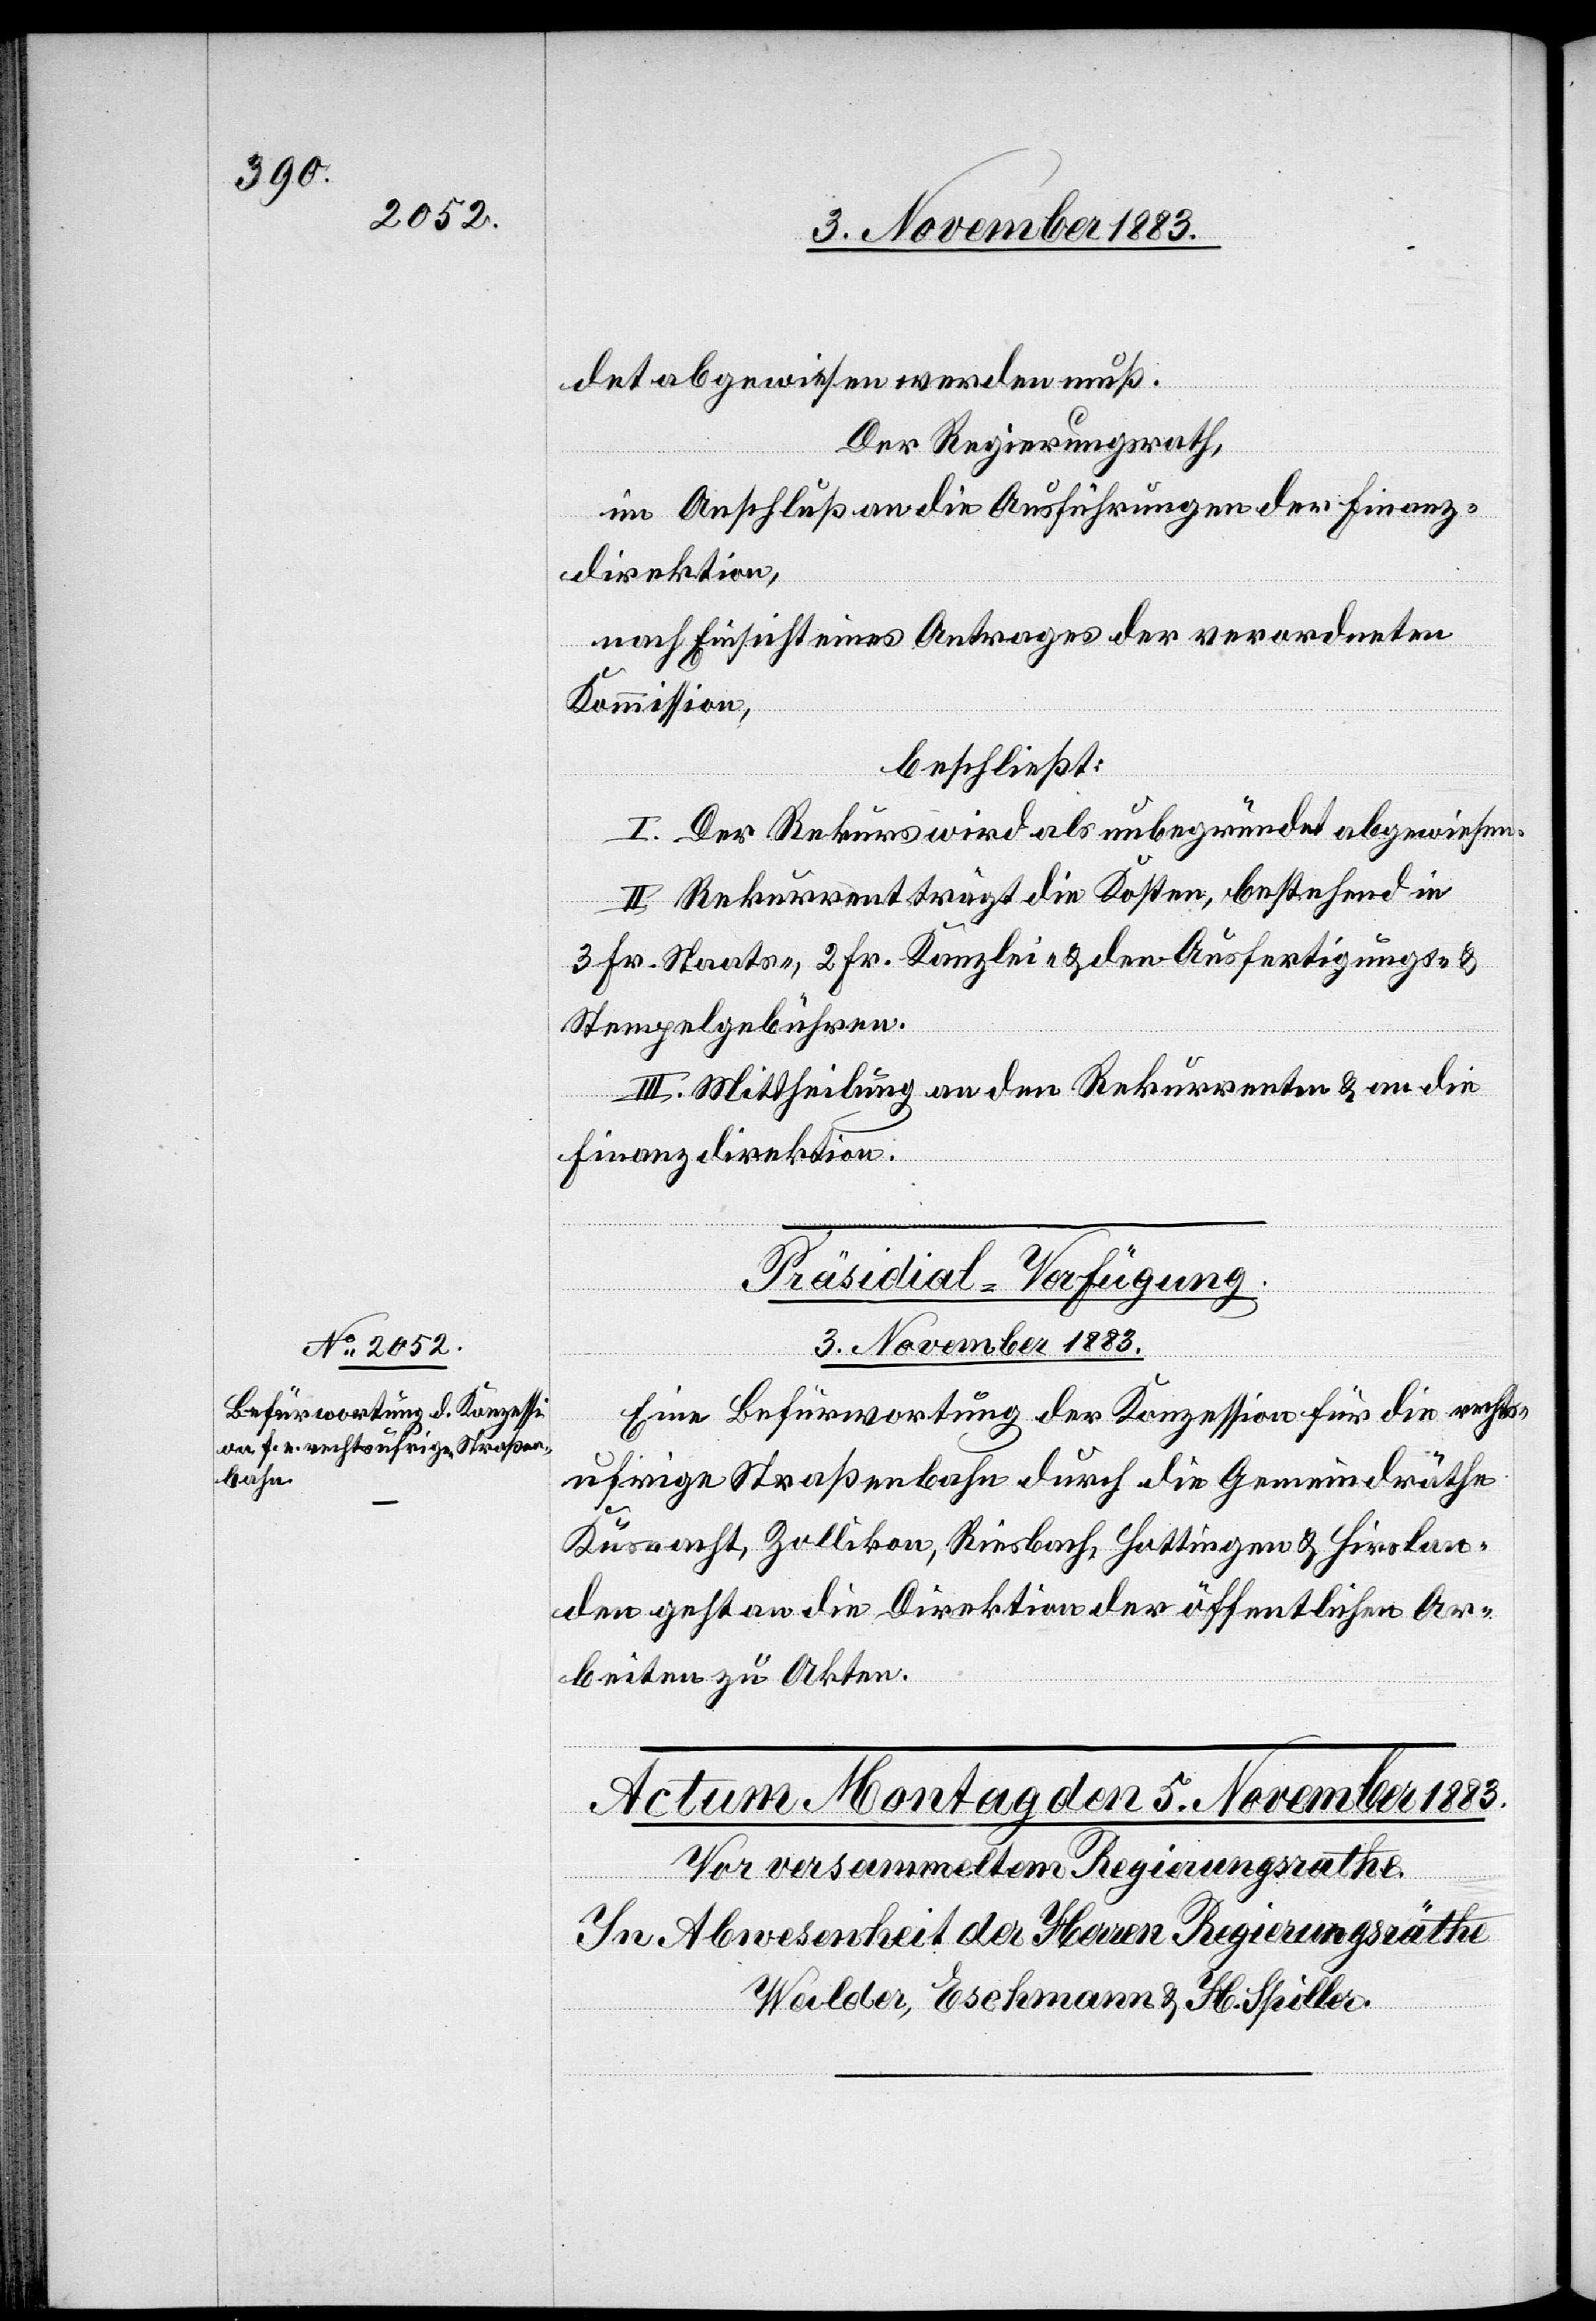
det abgewiesen werden muß.
Der Regierungsrath,
im Anschluß an die Ausführungen der Finanz¬
direktion,
nach Einsicht eines Antrages der verordneten
Kommission,
beschließt:
I. Der Rekurs wird als unbegründet abgewiesen.
II. Rekurrent trägt die Kosten, bestehend in
3 Fr. Staats-, 2 Fr. Kanzlei- & den Ausfertigungs- &
Stempelgebühren.
III. Mittheilung an den Rekurrenten & an die
Finanzdirektion.
Präsidial-Verfügung.
3. November 1883.
Eine Befürwortung der Konzession für die rechts¬
ufrige Straßenbahn durch die Gemeindräthe
Küsnacht, Zollikon, Riesbach, Hottingen & Hirslan¬
den geht an die Direktion der öffentlichen Ar¬
beiten zu Akten.